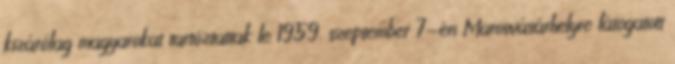
kizárólag magyarokat tartóztattak le 1959. szeptember 7-én Marosvásárhelyre látogatott